38_143685_box7_Incident_Summaries_1-100
Agency: Department of War
Page 79
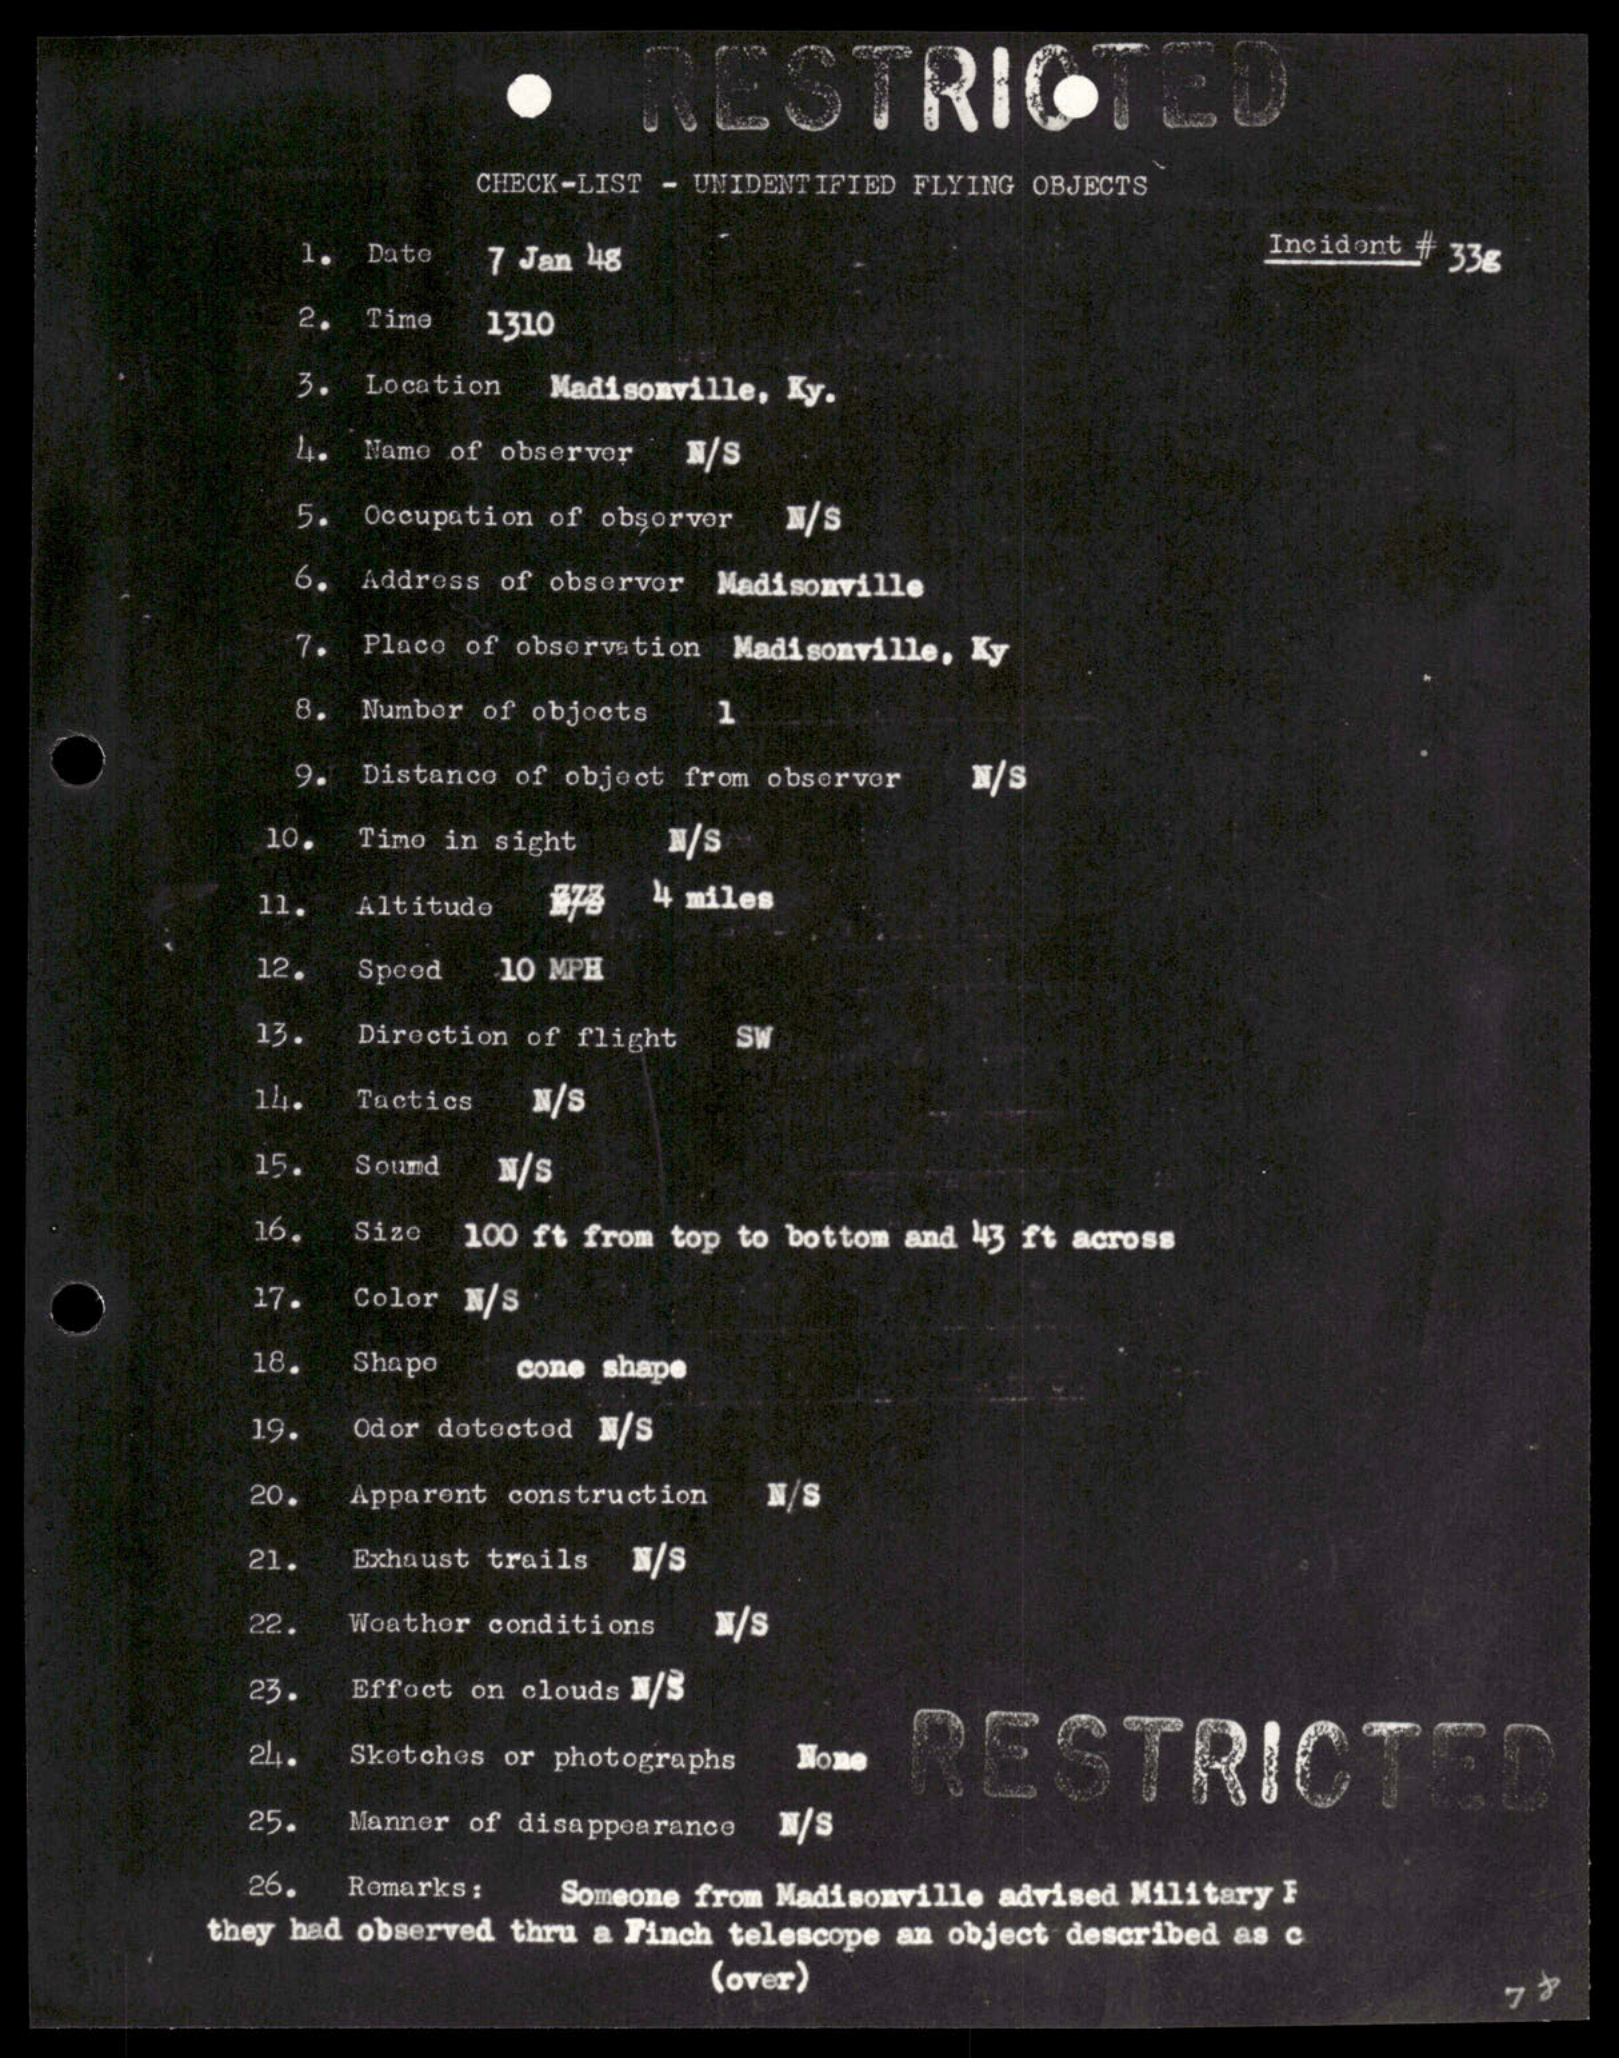